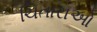
ચિતારાઓ